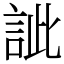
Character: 訿